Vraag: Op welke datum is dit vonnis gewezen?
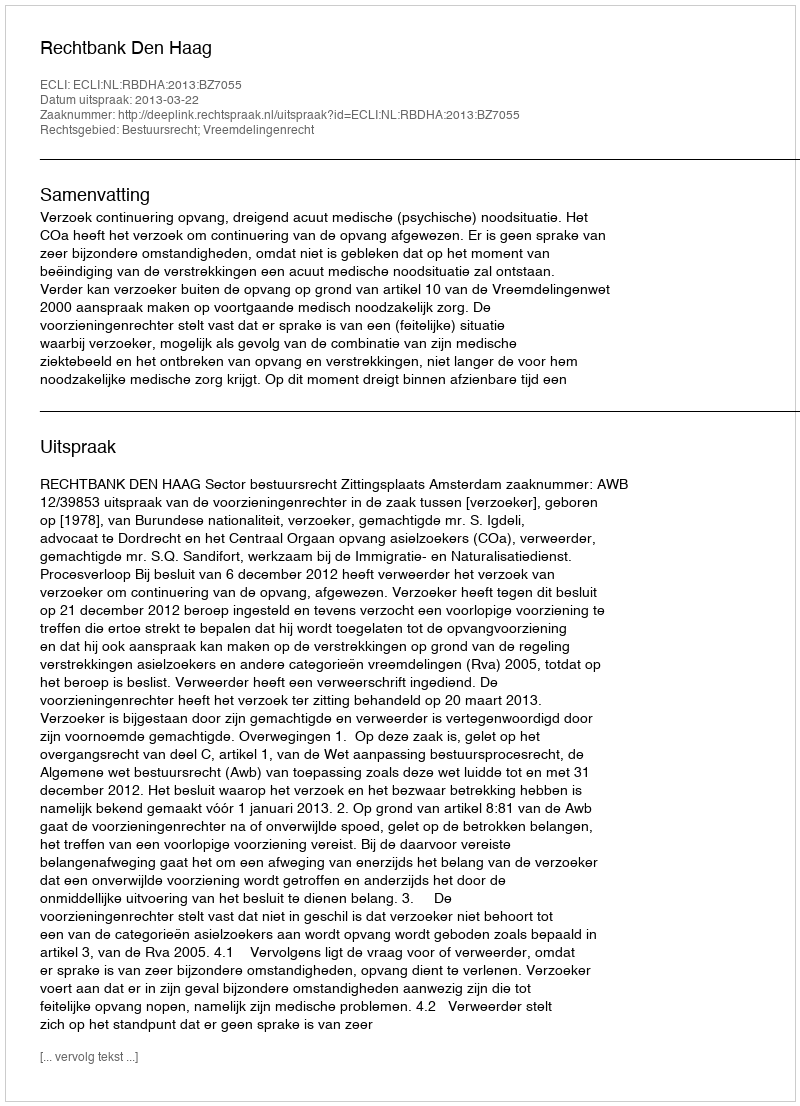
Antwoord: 2013-03-22